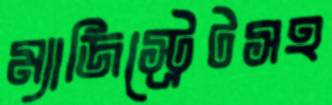
ম্যাজিস্ট্রেটসহ